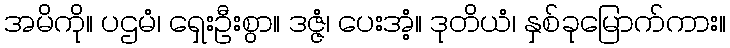
အမိကို။ ပဌမံ၊ ရှေးဦးစွာ။ ဒဇ္ဇံ၊ ပေးအံ့။ ဒုတိယံ၊ နှစ်ခုမြောက်ကား။